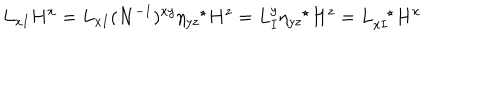
LaTeX: L _ { x I } H ^ { x } = L _ { x I } ( N ^ { - 1 } ) ^ { x y } \eta _ { y z } ^ { \ \ \ \star } H ^ { z } = L _ { I } ^ { y } \eta _ { y z } ^ { \ \ \ \star } H ^ { z } = L _ { x I } ^ { \ \ \ \star } H ^ { x }